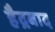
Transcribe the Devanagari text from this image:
हैद्रबाद